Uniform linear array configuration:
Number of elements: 4
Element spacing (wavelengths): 0.75
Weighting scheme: hann
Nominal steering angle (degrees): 15
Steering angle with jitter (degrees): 13.947
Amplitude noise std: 0.05
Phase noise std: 0.05

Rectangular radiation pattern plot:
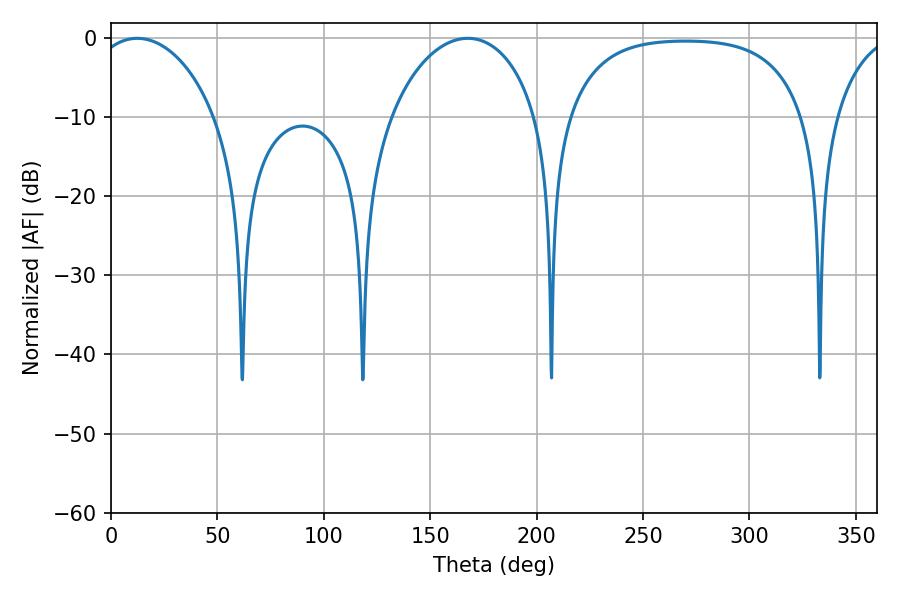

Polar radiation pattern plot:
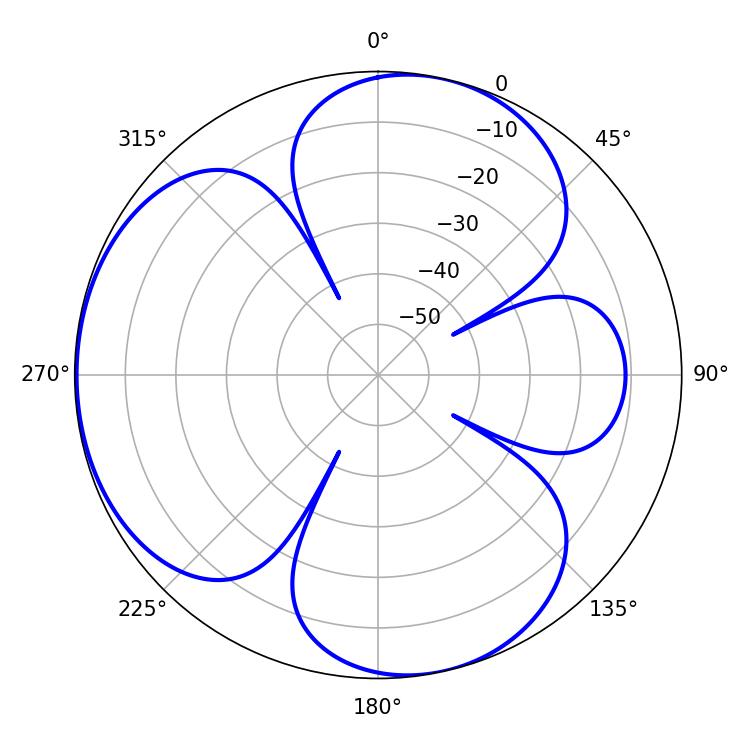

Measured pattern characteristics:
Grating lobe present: TRUE
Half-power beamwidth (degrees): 33.12
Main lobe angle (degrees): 12.42